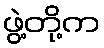
ဖွဲ့တို့က